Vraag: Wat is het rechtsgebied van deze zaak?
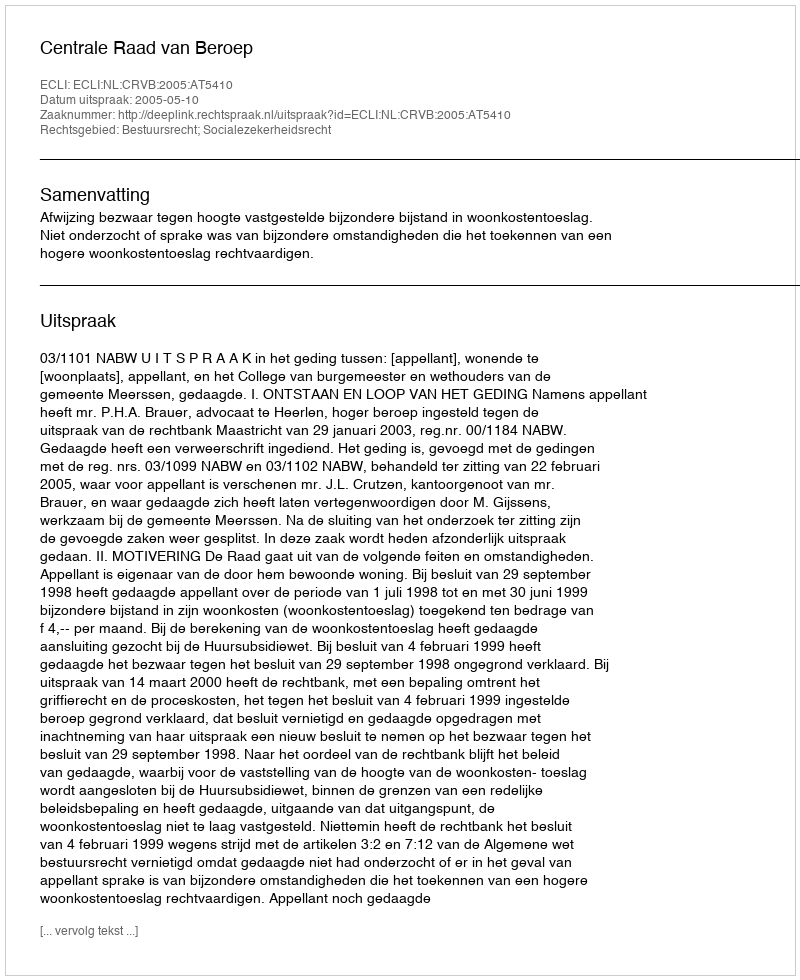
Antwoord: Bestuursrecht; Socialezekerheidsrecht